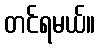
တင်ရမယ်။